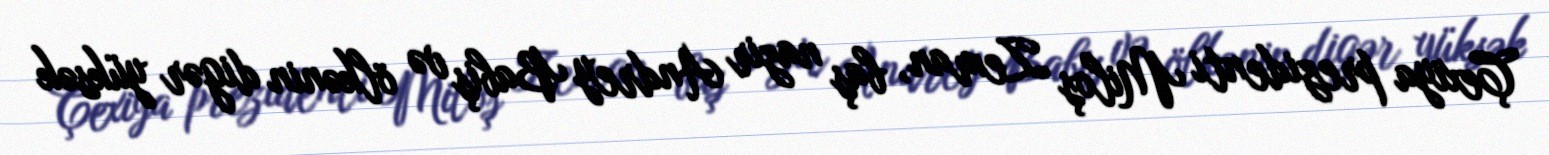
Çexiya prezidenti Miloş Zeman, baş nazir Andrey Babiş və ölkənin digər yüksək